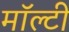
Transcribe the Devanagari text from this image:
मॉल्टी